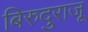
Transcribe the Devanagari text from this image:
बिरुदुराजू